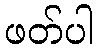
ဖတ်ပါ